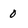
Character: 0